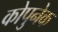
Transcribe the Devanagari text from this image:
कोपुनेक